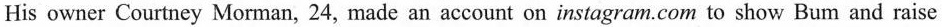
His owner Courtney Morman, 24, made an account on instagram.Com to show Bum and raise